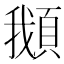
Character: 𩒰